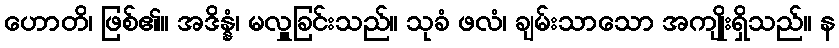
ဟောတိ၊ ဖြစ်၏။ အဒိန္နံ၊ မလှူခြင်းသည်။ သုခံ ဖလံ၊ ချမ်းသာသော အကျိုးရှိသည်။ န